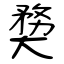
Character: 奦